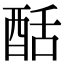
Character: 䣶